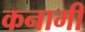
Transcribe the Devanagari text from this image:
कनामी